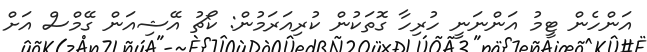
އަންހެން ޓީމު އަންނަނީ ހުރިހާ ގޮތަކުން ކުރިއަރަމުން: ކޯޗު އޭޝިއަން ގޭމްސް އަށް